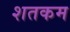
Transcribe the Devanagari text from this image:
शतकम